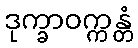
ဒုက္ခာဝက္ကန္တံ